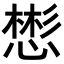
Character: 𪬟